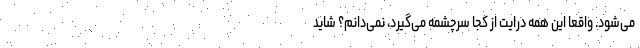
می‌شود. واقعا این همه درایت از کجا سرچشمه می‌گیرد، نمی‌دانم؟ شاید